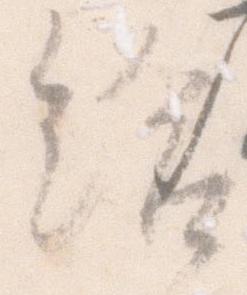
給